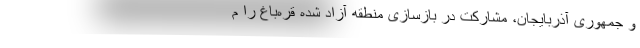
و جمهوری آذربایجان، مشارکت در بازسازی منطقه آزاد شده قره‌باغ را م